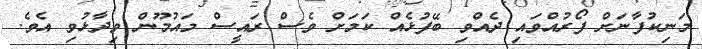
މަނިކުފާނަށް ފޯރުއްވައި ދެއްވި ބޭފުޅެއް ކަމަށް ވެސް ރައީސް މައުމޫން ވިދާޅުވި އެވެ.